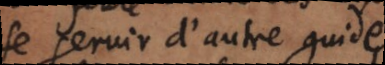
se servir d’autre guide.